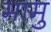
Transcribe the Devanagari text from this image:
मामु